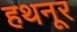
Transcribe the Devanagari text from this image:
हथनूर